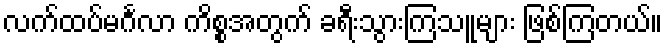
လက်ထပ်မင်္ဂလာ ကိစ္စအတွက် ခရီးသွားကြသူများ ဖြစ်ကြတယ်။